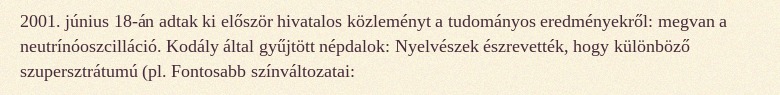
2001. június 18-án adtak ki először hivatalos közleményt a tudományos eredményekről: megvan a neutrínóoszcilláció. Kodály által gyűjtött népdalok: Nyelvészek észrevették, hogy különböző szupersztrátumú (pl. Fontosabb színváltozatai: